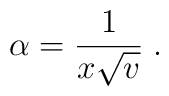
\alpha = {1 \over x \sqrt{v}} \; .